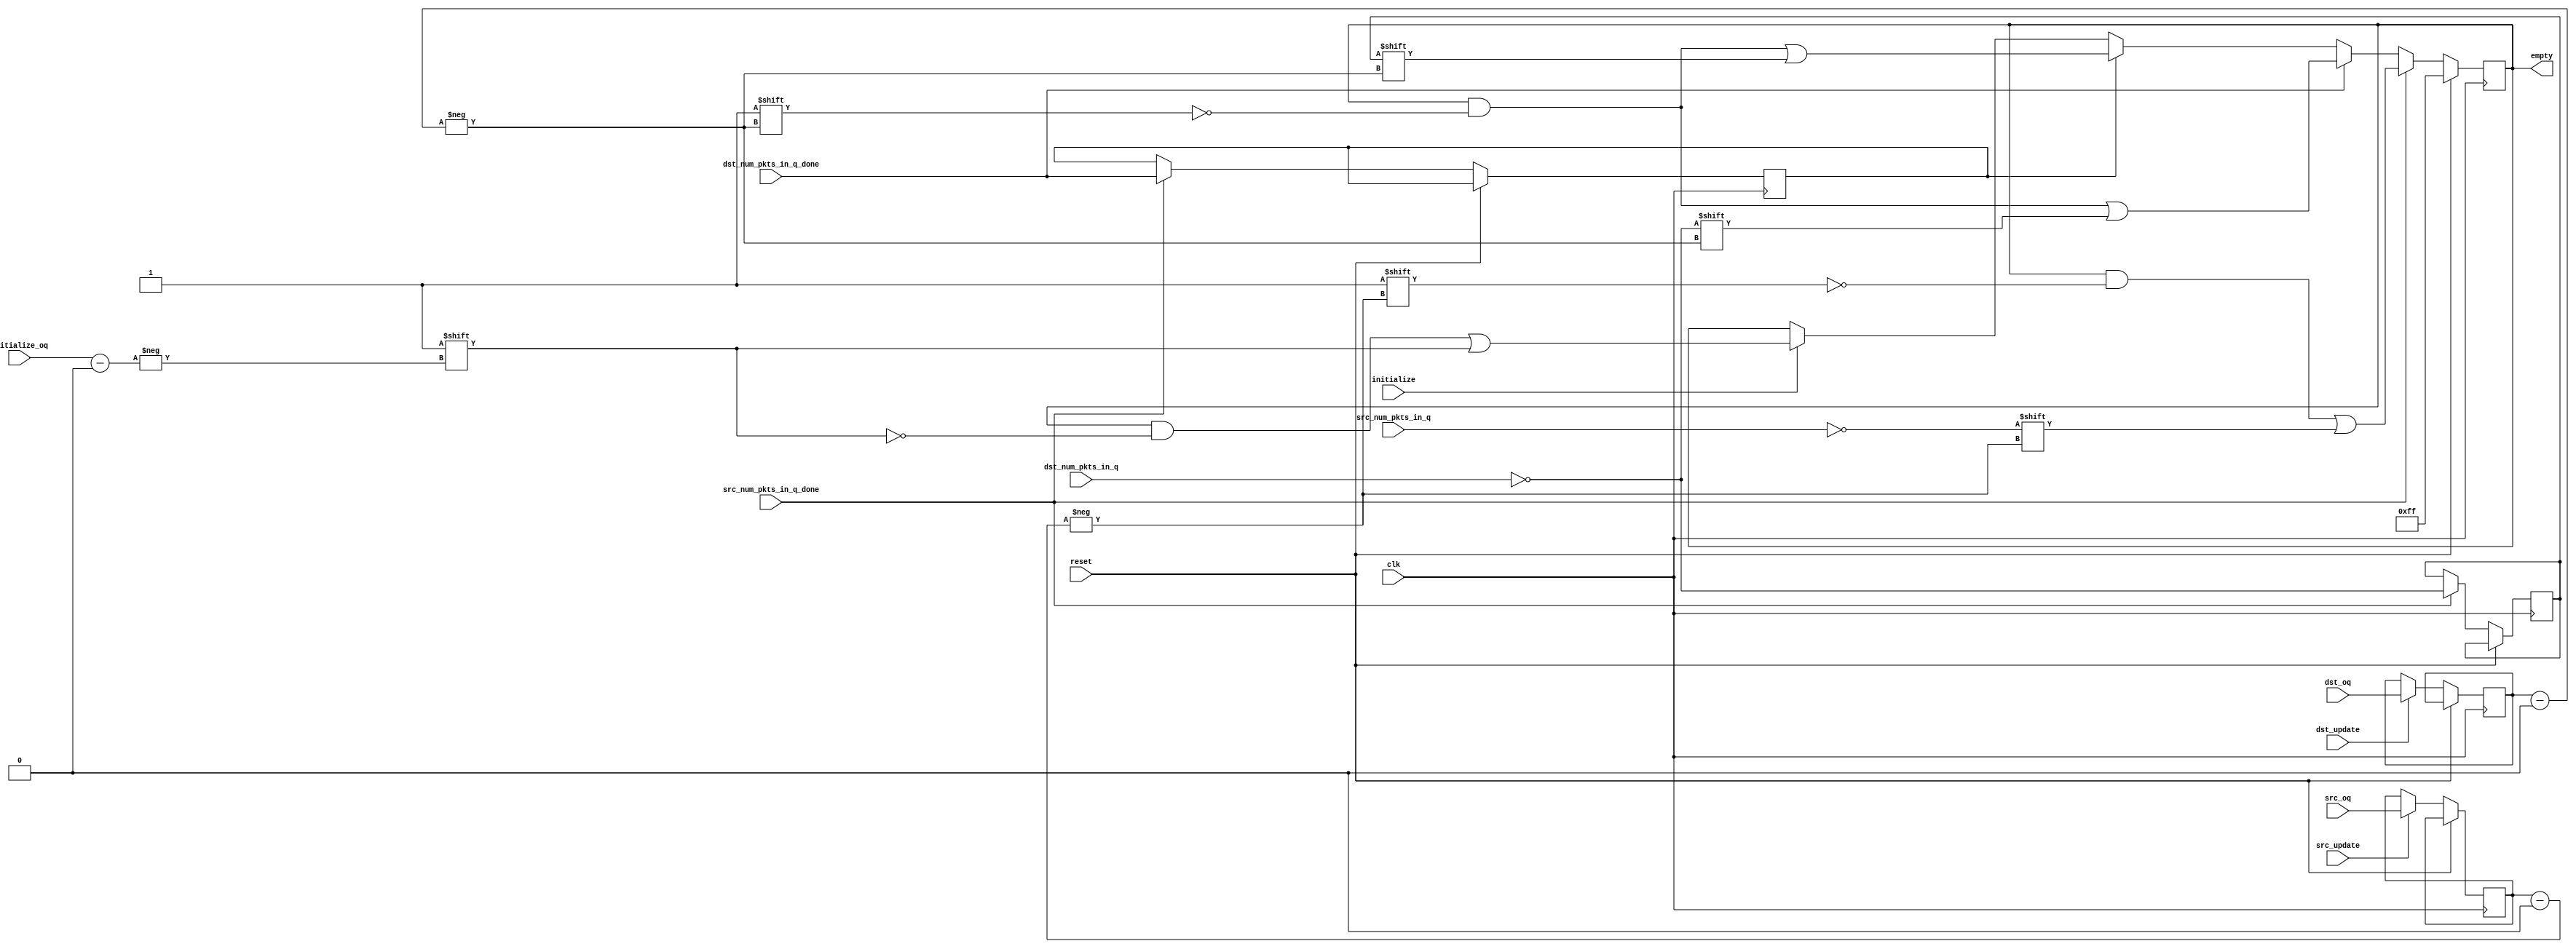
///////////////////////////////////////////////////////////////////////////////
// vim:set shiftwidth=3 softtabstop=3 expandtab:
// $Id: oq_regs_eval_empty.v 3112 2007-12-11 01:09:59Z jnaous $
//
// Module: oq_regs_eval_empty.v
// Project: NF2.1
// Description: Evaluates whether a queue is empty
//
// Currently looks at the number of packets in the queue
//
///////////////////////////////////////////////////////////////////////////////
`timescale 1ns/1ps

module oq_regs_eval_empty
  #(
      parameter SRAM_ADDR_WIDTH     = 19,
      parameter CTRL_WIDTH          = 8,
      parameter UDP_REG_SRC_WIDTH   = 2,
      parameter NUM_OUTPUT_QUEUES   = 8,
      parameter NUM_OQ_WIDTH        = log2(NUM_OUTPUT_QUEUES),
      parameter PKT_LEN_WIDTH       = 11,
      parameter PKT_WORDS_WIDTH     = PKT_LEN_WIDTH-log2(CTRL_WIDTH),
      parameter MAX_PKT             = 2048/CTRL_WIDTH,   // allow for 2K bytes,
      parameter MIN_PKT             = 60/CTRL_WIDTH + 1,
      parameter PKTS_IN_RAM_WIDTH   = log2((2**SRAM_ADDR_WIDTH)/MIN_PKT)
   )

   (
      // --- Inputs from dst update ---
      input                               dst_update,
      input [NUM_OQ_WIDTH-1:0]            dst_oq,
      input [PKTS_IN_RAM_WIDTH-1:0]       dst_num_pkts_in_q,
      input                               dst_num_pkts_in_q_done,

      // --- Inputs from src update ---
      input                               src_update,
      input [NUM_OQ_WIDTH-1:0]            src_oq,
      input [PKTS_IN_RAM_WIDTH-1:0]       src_num_pkts_in_q,
      input                               src_num_pkts_in_q_done,

      // --- Clear the flag ---
      input                               initialize,
      input [NUM_OQ_WIDTH-1:0]            initialize_oq,

      output reg [NUM_OUTPUT_QUEUES-1:0]  empty,


      // --- Misc
      input                               clk,
      input                               reset
   );

   function integer log2;
      input integer number;
      begin
         log2=0;
         while(2**log2<number) begin
            log2=log2+1;
         end
      end
   endfunction // log2


   // ------------- Internal parameters --------------


   // ------------- Wires/reg ------------------

   wire                    src_empty;
   wire                    dst_empty;
   reg                     dst_empty_held;

   reg [NUM_OQ_WIDTH-1:0]  dst_oq_held;
   reg [NUM_OQ_WIDTH-1:0]  src_oq_held;

   reg                     dst_num_pkts_in_q_done_held;

   // ------------- Logic ------------------
   assign src_empty = src_num_pkts_in_q == 'h0;
   assign dst_empty = dst_num_pkts_in_q == 'h0;

   always @(posedge clk)
   begin
      if (reset) begin
         empty <= {NUM_OUTPUT_QUEUES{1'b1}};
      end
      else begin
         if (dst_update) begin
            dst_oq_held <= dst_oq;
         end

         if (src_update) begin
            src_oq_held <= src_oq;
         end

         // Update the empty status giving preference to removes over stores
         // since we don't want to accidentally try removing from an empty
         // queue
         if (src_num_pkts_in_q_done) begin
            empty[src_oq_held] <= src_empty;

            dst_num_pkts_in_q_done_held <= dst_num_pkts_in_q_done;
            dst_empty_held <= dst_empty;
         end
         else if (dst_num_pkts_in_q_done) begin
            empty[dst_oq_held] <= dst_empty;
         end
         else if (dst_num_pkts_in_q_done_held) begin
            empty[dst_oq_held] <= dst_empty_held;
         end
         else if (initialize) begin
            empty[initialize_oq] <= 1'b1;
         end
      end
   end

endmodule // oq_regs_eval_empty